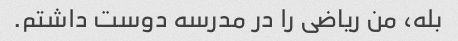
بله، من ریاضی را در مدرسه دوست داشتم.